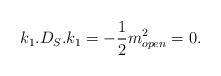
LaTeX: \begin{align*}k_1.D_S.k_1=-{1\over2}m_{open}^2=0.\end{align*}